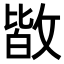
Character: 𭤀